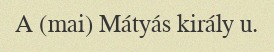
A (mai) Mátyás király u.